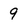
Character: 9